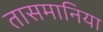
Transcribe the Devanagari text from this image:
तासमानिया